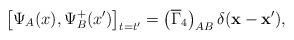
\begin{align*}\left[ \Psi _A(x),\Psi^+ _B(x^{\prime })\right] _{t=t^{\prime}}=\left( \overline{\Gamma} _4\right) _{AB}\delta(\mathbf{x}-\mathbf{x}^{\prime }) ,\end{align*}